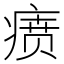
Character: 𬏷